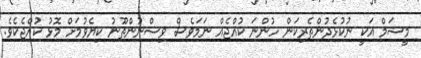
މީޝަމް އަކީ ނުކުޅެދުންތެރިކަން ހުންނަ ކުއްޖެއް ނަމަވެސް ވިސްނުންތޫނު ކިޔެވުމަށް މޮޅު ކުއްޖެކެވެ.